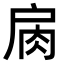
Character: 𢩌